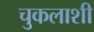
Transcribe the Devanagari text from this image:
चुकलाशी